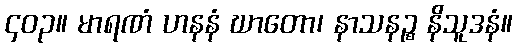
၄၀၃။ မာရဏံ ဟနနံ ဃာတော၊ နာသနဉ္စ နိသူဒနံ။